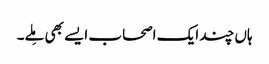
ہاں چند ایک اصحاب ایسے بھی مِلے۔